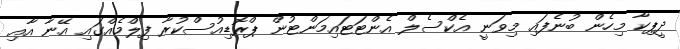
ދީޕިކާ މިހެން ބުނެފައި މިވަނީ އެކްސެލް އެންޓަޓައިމަންޓުން ޕްރޮޑިއުސްކުރާ ފިލްމެއްގައި އޭނާ އާއި